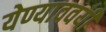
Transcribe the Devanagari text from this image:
येण्याववर्यी